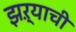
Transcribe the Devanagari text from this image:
झऱ्याची